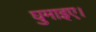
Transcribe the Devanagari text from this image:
घुमाइए।